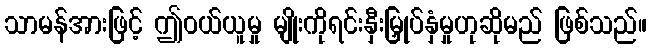
သာမန်အားဖြင့် ဤဝယ်ယူမှု မျိုးကိုရင်းနှီးမြှုပ်နှံမှုဟုဆိုမည် ဖြစ်သည်။